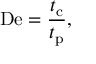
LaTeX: \mathrm { D e } = { \frac { t _ { \mathrm { c } } } { t _ { \mathrm { p } } } } ,